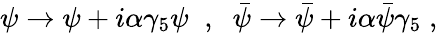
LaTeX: \psi\to\psi+i\alpha\gamma_{5}\psi\; \; ,\; \; {\bar{\psi}}\to{\bar{\psi}}+i\alpha{\bar{\psi}}\gamma_{5}\; ,